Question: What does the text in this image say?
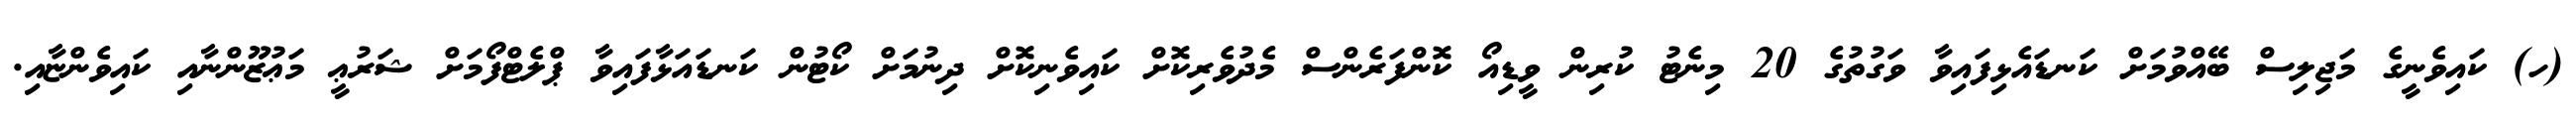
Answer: (ހ) ކައިވެނީގެ މަޖިލިސް ބޭއްވުމަށް ކަނޑައެޅިފައިވާ ވަގުތުގެ 20 މިނެޓު ކުރިން ވީޑިއޯ ކޮންފަރެންސް މެދުވެރިކޮށް ކައިވެނިކޮށް ދިނުމަށް ކޯޓުން ކަނޑައަޅާފައިވާ ޕްލެޓްފޯމަށް ޝަރުޢީ މަޢުޒޫންނާއި ކައިވެންޏާއި.